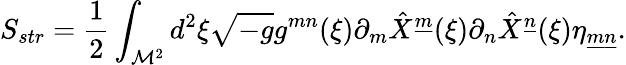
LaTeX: S_{str}={\frac{1}{2}}\int_{{\cal M}^{2}}d^{2}\xi\sqrt{-g}g^{mn}(\xi)\partial_{m}\hat{X}^{\underline{{{m}}}}(\xi)\partial_{n}\hat{X}^{\underline{{{n}}}}(\xi)\eta_{\underline{{{m}}}\underline{{{n}}}}.